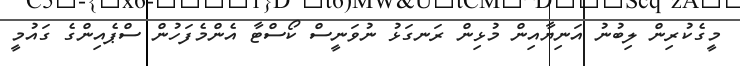
މީގެކުރިން ލިބުނު އަނިޔާއިން މުޅިން ރަނގަޅު ނުވަނީސް ކޯސްޓާ އެންމެފަހުން ސްޕެއިންގެ ގައުމީ